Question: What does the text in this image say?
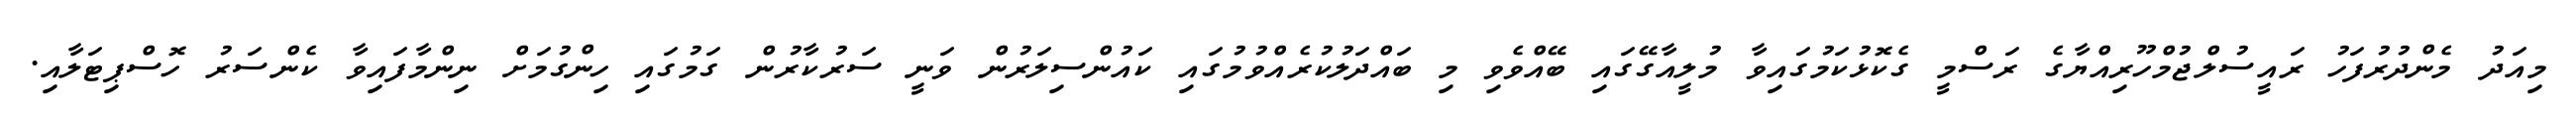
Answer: މިއަދު މެންދުރުފަހު ރައީސުލްޖުމްހޫރިއްޔާގެ ރަސްމީ ގެކޮޅުކަމުގައިވާ މުލީއާގޭގައި ބޭއްވެވި މި ބައްދަލުކުރެއްވުމުގައި ކައުންސިލަރުން ވަނީ ސަރުކާރުން ގަމުގައި ހިންގުމަށް ނިންމާފައިވާ ކެންސަރު ހޮސްޕިޓަލާއި.